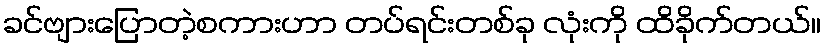
ခင်ဗျားပြောတဲ့စကားဟာ တပ်ရင်းတစ်ခု လုံးကို ထိခိုက်တယ်။